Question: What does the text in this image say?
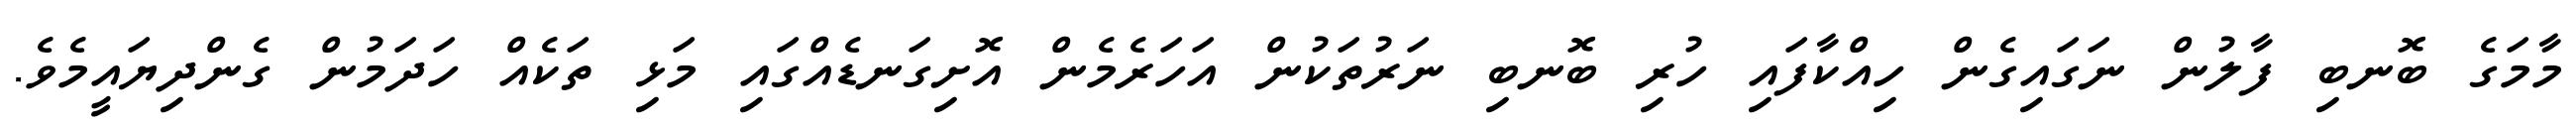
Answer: މާމަގެ ބޮނބި ފާލުން ނަގައިގެން ހިއްކާފައި ހުރި ބޮނބި ނަރުތަކުން އަހަރެމެން އޮށިގަނޑެއްގައި މަޅި ތަކެއް ހަދަމުން ގެންދިޔައީމެވެ.